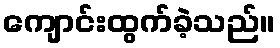
ကျောင်းထွက်ခဲ့သည်။